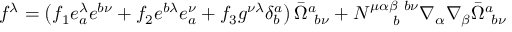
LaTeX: f ^ { \lambda } = \left( f _ { 1 } e _ { a } ^ { \lambda } e ^ { b \nu } + f _ { 2 } e ^ { b \lambda } e _ { a } ^ { \nu } + f _ { 3 } g ^ { \nu \lambda } \delta _ { b } ^ { a } \right) \bar { \Omega } _ { ~ b \nu } ^ { a } + N _ { ~ ~ ~ ~ b } ^ { \mu \alpha \beta ~ b \nu } \nabla _ { \alpha } \nabla _ { \beta } \bar { \Omega } _ { ~ b \nu } ^ { a }